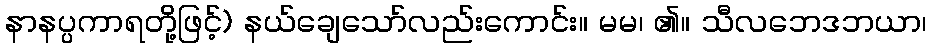
နာနပ္ပကာရတို့ဖြင့်) နယ်ချေသော်လည်းကောင်း။ မမ၊ ၏။ သီလဘေဒဘယာ၊